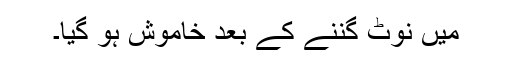
میں نوٹ گننے کے بعد خاموش ہو گیا۔